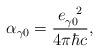
LaTeX: \begin{align*}\alpha_{\gamma0}=\frac{e_{\gamma0}^{\ \ 2}}{4\pi\hbar c},\end{align*}